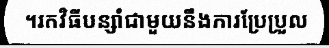
។រកវិធីបន្សាំជាមួយនឹងការប្រែប្រួល